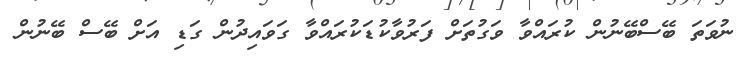
ނުވަތަ ބޭސްބޭނުން ކުރައްވާ ވަގުތަށް ފަރުވާކުޑަކުރައްވާ ގަވައިދުން ގަޑި އަށް ބޭސް ބޭނުން